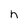
Character: h